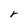
Character: r